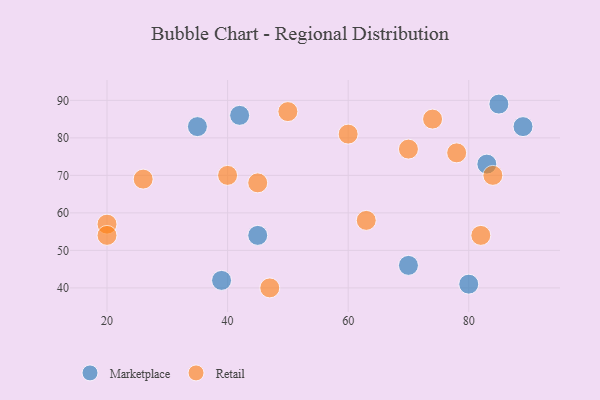
{"axis": {"x": "GDP", "y": "Life Expectancy"}, "legend": ["Marketplace", "Retail"], "data": [{"x": "39", "y": 42, "type": "Marketplace"}, {"x": "80", "y": 41, "type": "Marketplace"}, {"x": "85", "y": 89, "type": "Marketplace"}, {"x": "35", "y": 83, "type": "Marketplace"}, {"x": "70", "y": 46, "type": "Marketplace"}, {"x": "45", "y": 54, "type": "Marketplace"}, {"x": "89", "y": 83, "type": "Marketplace"}, {"x": "83", "y": 73, "type": "Marketplace"}, {"x": "42", "y": 86, "type": "Marketplace"}, {"x": "40", "y": 70, "type": "Retail"}, {"x": "26", "y": 69, "type": "Retail"}, {"x": "60", "y": 81, "type": "Retail"}, {"x": "20", "y": 57, "type": "Retail"}, {"x": "20", "y": 54, "type": "Retail"}, {"x": "82", "y": 54, "type": "Retail"}, {"x": "47", "y": 40, "type": "Retail"}, {"x": "78", "y": 76, "type": "Retail"}, {"x": "50", "y": 87, "type": "Retail"}, {"x": "45", "y": 68, "type": "Retail"}, {"x": "70", "y": 77, "type": "Retail"}, {"x": "84", "y": 70, "type": "Retail"}, {"x": "63", "y": 58, "type": "Retail"}, {"x": "74", "y": 85, "type": "Retail"}]}